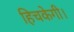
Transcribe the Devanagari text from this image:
हिचकेगी।